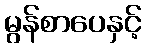
မွန်စာပေနှင့်